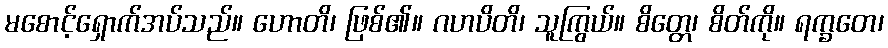
မစောင့်ရှောက်အပ်သည်။ ဟောတိ၊ ဖြစ်၏။ ဂဟပိတိ၊ သူကြွယ်။ စိတ္တေ၊ စိတ်ကို။ ရက္ခတေ၊